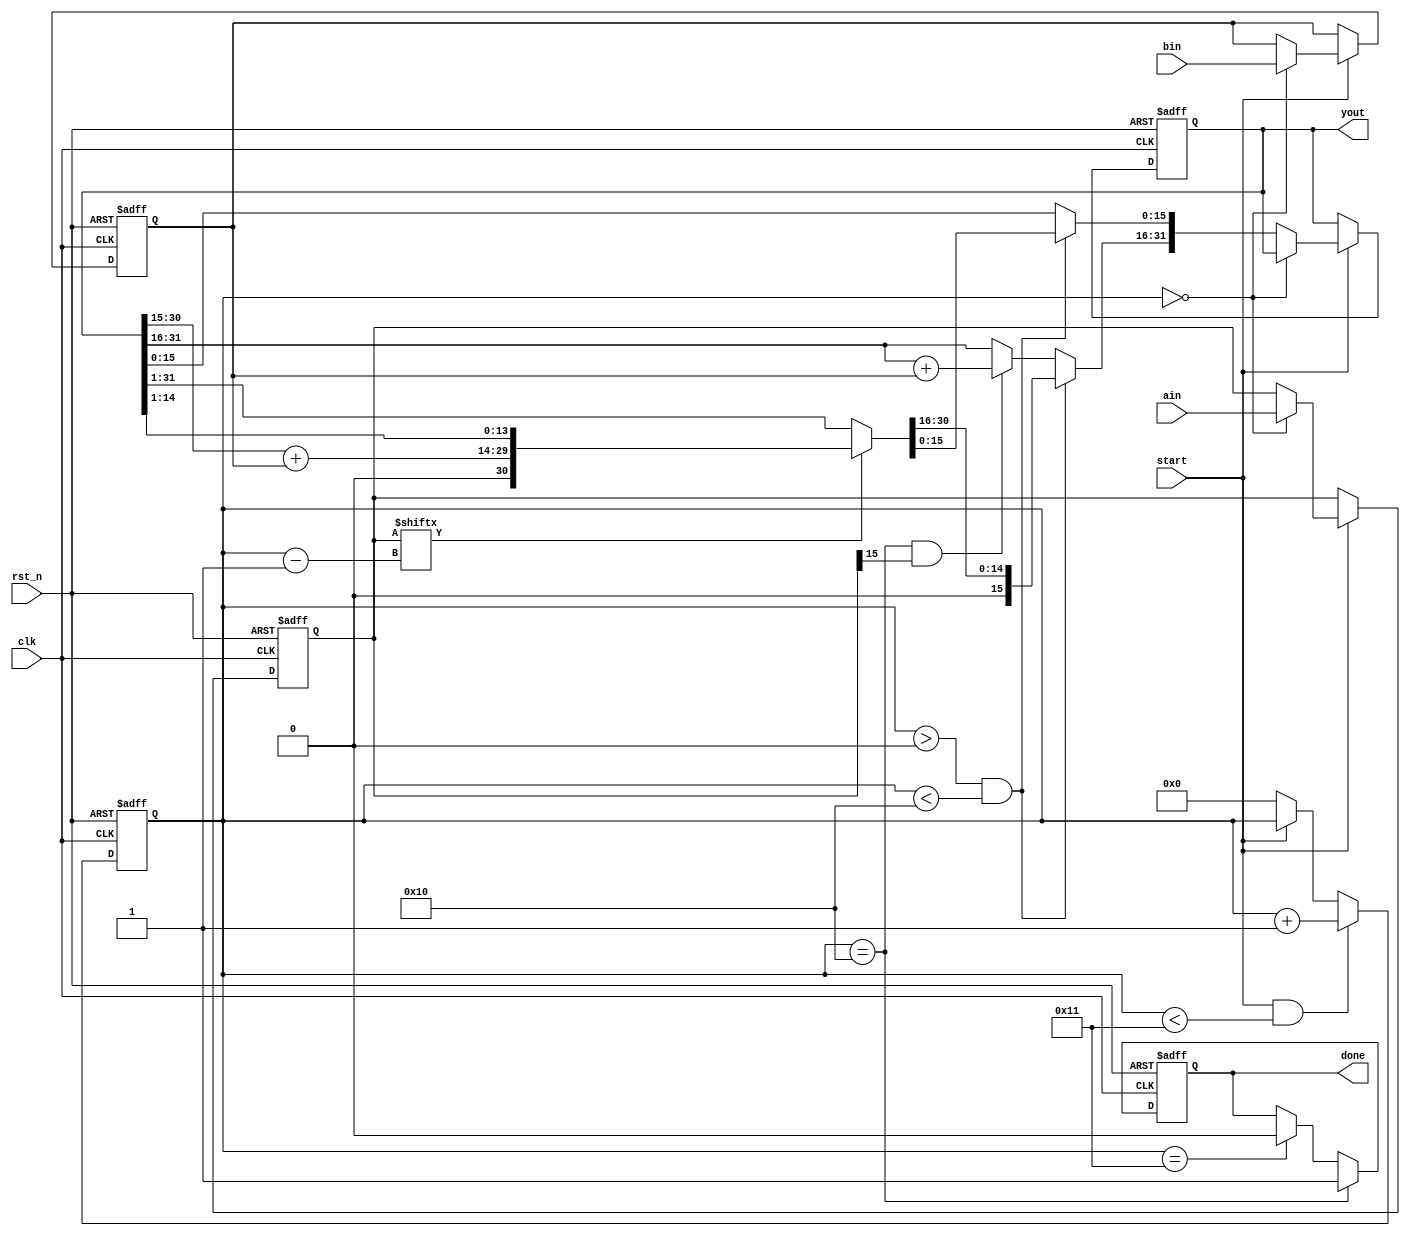
`timescale 1ns / 1ps
////////////////////////////////////////////////////////////////////////////////
// Company: 
// Engineer:
//
// Design Name:    
// Module Name:    mux_16bit
// Project Name:   
// Target Device:  
// Tool versions:  
// Description:
//
// Dependencies:
// 
// Revision:
// Revision 0.01 - File Created
// Additional Comments:
// EDNFPGA/CPLDhttp://group.ednchina.com/1375/
////////////////////////////////////////////////////////////////////////////////
module mux16(
			clk,rst_n,
			start,ain,bin,yout,done
		);
		
input clk;		//
input rst_n;	//01
input start; 	//01
input[15:0] ain;	//a16bit.
input[15:0] bin;	//b16bit.
output[31:0] yout;	//32bit.
output done;		//1.

reg[15:0] areg;	//a
reg[15:0] breg;	//b
reg[31:0] yout_r;	//
reg done_r;
reg[4:0] i;		//


//------------------------------------------------
//
always @(posedge clk or negedge rst_n)
	if(!rst_n) i <= 5'd0;
	else if(start && i < 5'd17) i <= i+1'b1; 
	else if(!start) i <= 5'd0;

//------------------------------------------------
//
always @(posedge clk or negedge rst_n)
	if(!rst_n) done_r <= 1'b0;
	else if(i == 5'd16) done_r <= 1'b1;		//
	else if(i == 5'd17) done_r <= 1'b0;		//

assign done = done_r;

//------------------------------------------------
//
always @(posedge clk or negedge rst_n) begin
	if(!rst_n) begin 
			areg <= 16'h0000;
			breg <= 16'h0000;
			yout_r <= 32'h00000000;
		end
	else if(start) begin		//
			if(i == 5'd0) begin	//
					areg <= ain;
					breg <= bin;
				end
			else if(i > 5'd0 && i < 5'd16) begin
					if(areg[i-1]) yout_r = {1'b0,yout[30:15]+breg,yout_r[14:1]};	//
					else yout_r <= yout_r>>1;	//
				end
			else if(i == 5'd16 && areg[15]) yout_r[31:16] <= yout_r[31:16]+breg;	//
		end
end

assign yout = yout_r;

endmodule